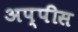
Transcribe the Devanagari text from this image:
अप्पीस